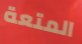
المتعة